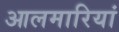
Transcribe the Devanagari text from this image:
आलमारियां